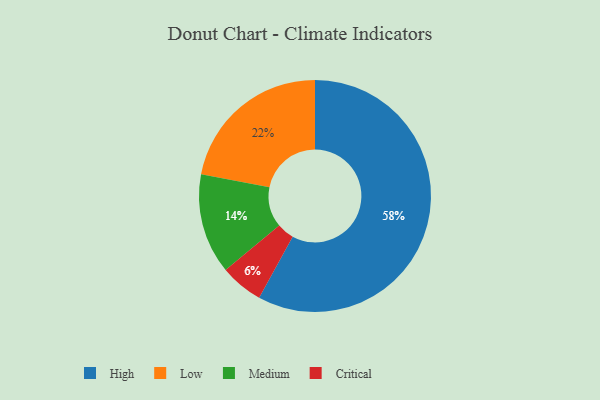
{"axis": {"x": "Category", "y": "Percentage"}, "legend": ["Critical", "High", "Low", "Medium"], "data": [{"x": "Critical", "y": 6, "type": "Critical"}, {"x": "High", "y": 58, "type": "High"}, {"x": "Medium", "y": 14, "type": "Medium"}, {"x": "Low", "y": 22, "type": "Low"}]}